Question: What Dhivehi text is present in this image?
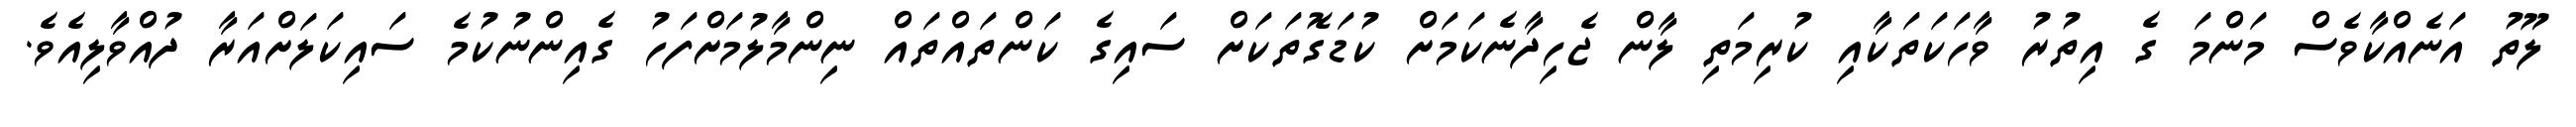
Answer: ލޫތު އަނެއްކާވެސް މަންމަ ގެ އިތުރު ވާހަކަތަކާއި ކުރިމަތި ލާން ޖެހިދާނެކަމަށް ކުޑަގޮތަކަށް ސައިގެ ކަންތައްތައް ނިންމާލުމަށްފަހު ގެއިންނުކުމެ ސައިކަލަށްއަރާ ދުއްވާލިއެވެ.